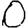
Digit: 0